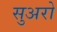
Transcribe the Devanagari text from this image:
सुअरो